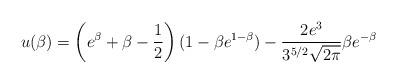
LaTeX: \begin{align*}u(\beta) = \left(e^\beta + \beta - \frac{1}{2}\right)(1-\beta e^{1-\beta}) - \frac{2e^3}{3^{5/2}\sqrt{2\pi}}\beta e^{-\beta}\end{align*}